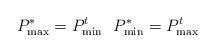
LaTeX: \begin{align*}P_{\max}^*=P^t_{\min}\ \ P_{\min}^*=P^t_{\max}\end{align*}